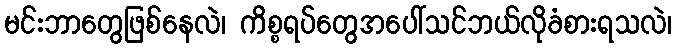
မင်းဘာတွေဖြစ်နေလဲ၊ ကိစ္စရပ်တွေအပေါ်သင်ဘယ်လိုခံစားရသလဲ၊